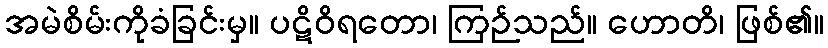
အမဲစိမ်းကိုခံခြင်းမှ။ ပဋိဝိရတော၊ ကြဉ်သည်။ ဟောတိ၊ ဖြစ်၏။